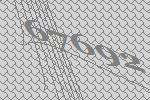
67692